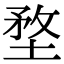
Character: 堥